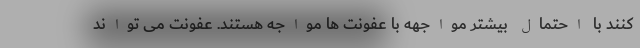
کنند با احتمال بیشتر مواجهه با عفونت ها مواجه هستند. عفونت می تواند